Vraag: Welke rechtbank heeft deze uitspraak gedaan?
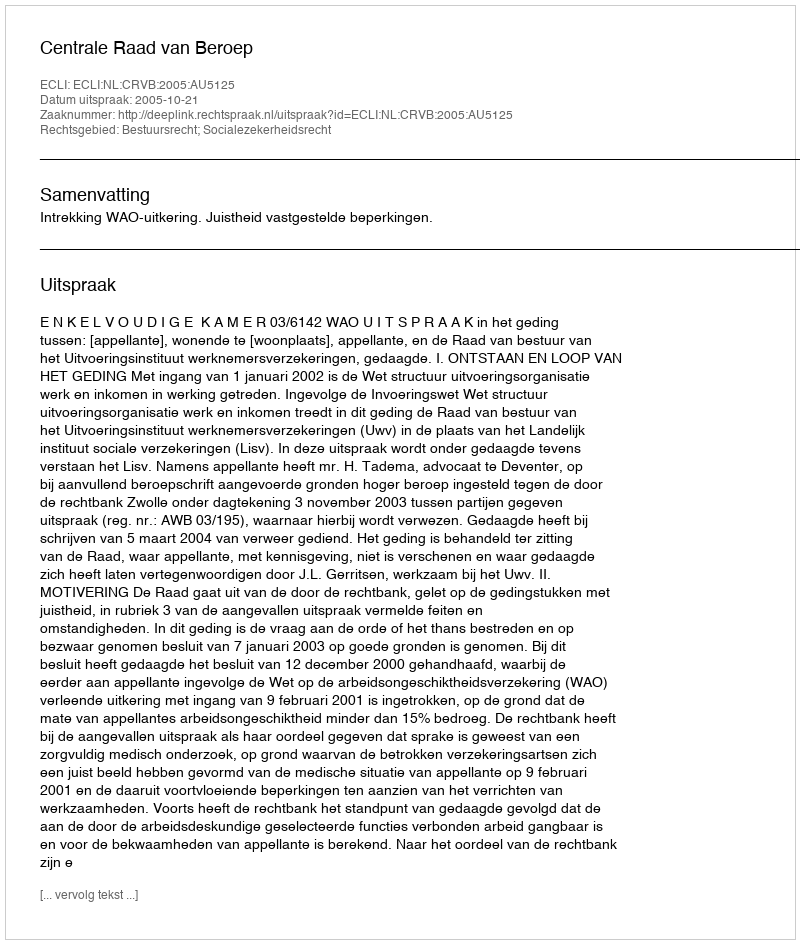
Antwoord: Centrale Raad van Beroep